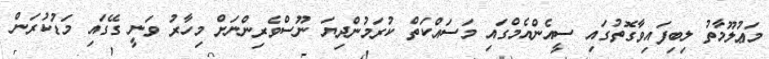
މަޢުލޫމާތު ލިބިފައިވާގޮތުގައި ސީއެންއެމްގައި މަސައްކަތް ކުރަމުންދިޔަ ނޫސްވެރިންނަށް މިހާރު ވަނީ ގޭގައި މަޑުކުރަން